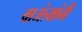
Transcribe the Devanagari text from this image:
वाजंत्र्यांनी